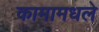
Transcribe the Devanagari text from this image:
कामामधले